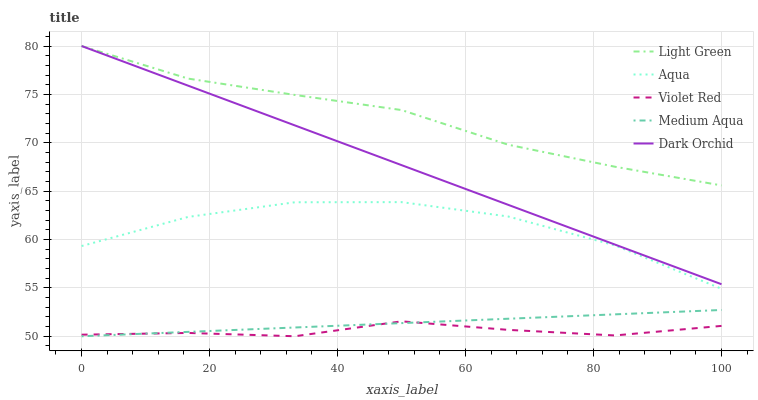
| xaxis_label | Light Green | Aqua | Violet Red | Medium Aqua | Dark Orchid |
 | --- | --- | --- | --- | --- | --- |
 | 0 | 80 | 59.3 | 50.2 | 50 | 80 |
 | 16.7 | 76.6 | 62.3 | 50.3 | 50.5 | 75.9 |
 | 33.3 | 74.9 | 63.8 | 50 | 50.9 | 71.8 |
 | 50 | 73.4 | 63.9 | 51.5 | 51.4 | 67.7 |
 | 66.7 | 69.8 | 62.4 | 50.7 | 51.8 | 63.6 |
 | 83.3 | 67.5 | 59.4 | 50.1 | 52.3 | 59.5 |
 | 100 | 65.6 | 54.9 | 51.1 | 52.7 | 55.4 |